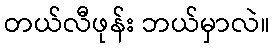
တယ်လီဖုန်း ဘယ်မှာလဲ။